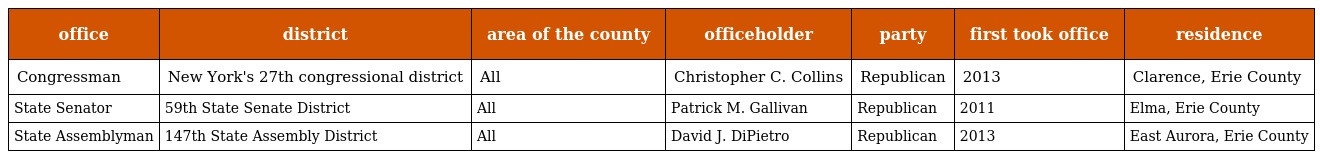
| office | district | area of the county | officeholder | party | first took office | residence |
 | --- | --- | --- | --- | --- | --- | --- |
 | Congressman | New York's 27th congressional district | All | Christopher C. Collins | Republican | 2013 | Clarence, Erie County |
 | State Senator | 59th State Senate District | All | Patrick M. Gallivan | Republican | 2011 | Elma, Erie County |
 | State Assemblyman | 147th State Assembly District | All | David J. DiPietro | Republican | 2013 | East Aurora, Erie County |